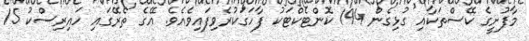
މާފުށީގެ ކޭސްތަކާއި ގުޅިގެން 194 ކޮންޓެކްޓަކު ފާހަގަކުރެވިފައިވެއެވެ. އޭގެ ތެރޭގައި ހައިރިސްކު 15